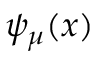
{ \psi _ { \mu } ( x ) }